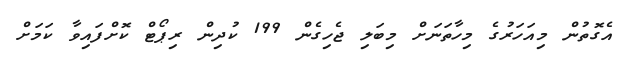
އެގޮތުން މިއަހަރުގެ މިހާތަނަށް މިބަލި ޖެހިގެން 199 ކުދިން ރިޕޯޓް ކޮށްފައިވާ ކަމަށް